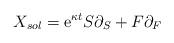
LaTeX: \begin{align*}X_{sol}= \mbox{\rm e}^{\kappa t}S\partial _{S}+F\partial _{F} \end{align*}